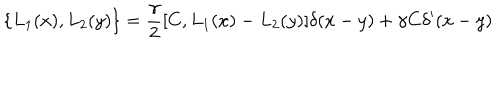
LaTeX: \{ L _ { 1 } ( x ) , L _ { 2 } ( y ) \} = \frac { \gamma } { 2 } [ C , L _ { 1 } ( x ) - L _ { 2 } ( y ) ] \delta ( x - y ) + \gamma C \delta ^ { \prime } ( x - y )